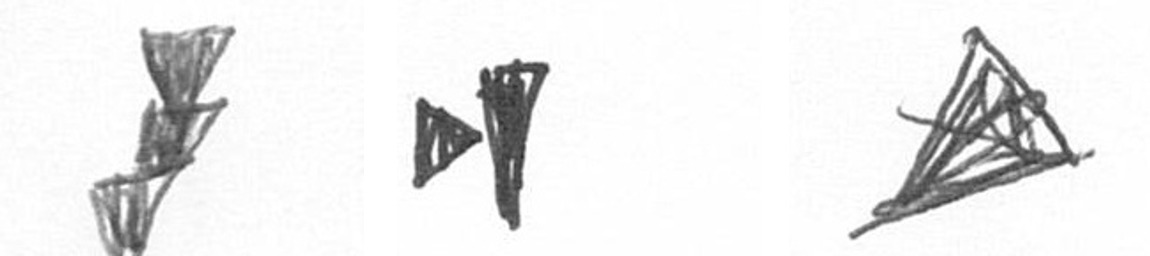
E M O